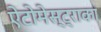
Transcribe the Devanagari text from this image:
ऐंटोमेस्ट्राका